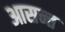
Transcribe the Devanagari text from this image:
आसन्त